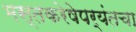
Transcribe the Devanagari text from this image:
मस्तकरेषेपर्यंतचा